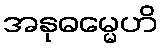
အနုဓမ္မေဟိ